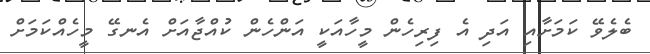
ބެލެވޭ ކަމަށާއި އަދި އެ ފިރިހެން މީހާއަކީ އަންހެން ކުއްޖާއަށް އެނގޭ މީހެއްކަމަށް